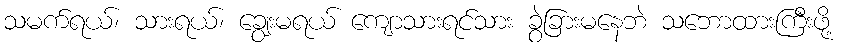
သမက်ရယ်၊ သားရယ်၊ ချွေးမရယ် ကျောသားရင်သား ခွဲခြားမနေဘဲ သဘောထားကြီးဖို့